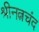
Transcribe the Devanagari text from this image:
श्रीनत्नचंद